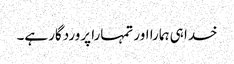
خدا ہی ہمارا اور تمہارا پروردگار ہے۔